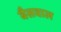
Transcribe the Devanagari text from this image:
बैसवाल